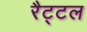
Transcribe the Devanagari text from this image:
रैट्टल